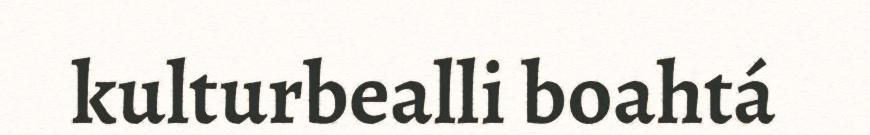
kulturbealli boahtá